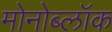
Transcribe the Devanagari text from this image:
मोनोब्लॉक